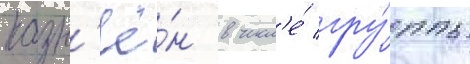
казн'ё́н в числ'е́ гру́ппы